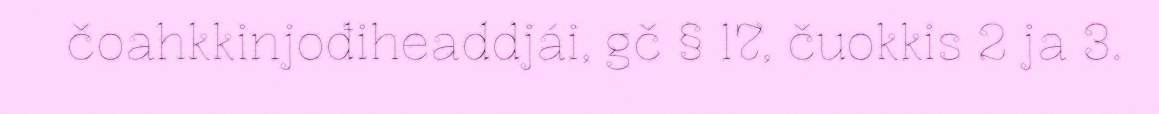
čoahkkinjođiheaddjái, gč § 17, čuokkis 2 ja 3.